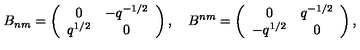
B _ { n m } = \left( \begin{array} { c c } { 0 } & { - q ^ { - 1 / 2 } } \\ { q ^ { 1 / 2 } } & { 0 } \\ \end{array} \right) , \quad B ^ { n m } = \left( \begin{array} { c c } { 0 } & { q ^ { - 1 / 2 } } \\ { - q ^ { 1 / 2 } } & { 0 } \\ \end{array} \right) , \,